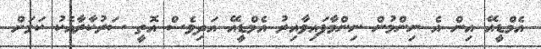
އެމްޑީއޭ އިން އެ ނިންމުން ނިންމާފައިވާއިރު އެމްޑީއޭ އަދިވެސް އޮތީ ސަރުކާރާއެކު ކަމަށް